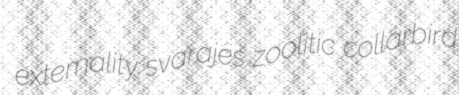
externality svarajes zoolitic collarbird